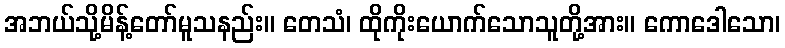
အဘယ်သို့မိန့်တော်မူသနည်း။ တေသံ၊ ထိုကိုးယောက်သောသူတို့အား။ ကောဒေါသော၊